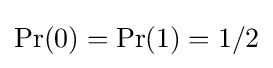
\Pr(0)=\Pr(1)=1/2